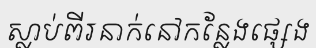
ស្លាប់ពីរនាក់នៅកន្លែងផ្សេង